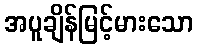
အပူချိန်မြင့်မားသော